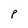
Character: P